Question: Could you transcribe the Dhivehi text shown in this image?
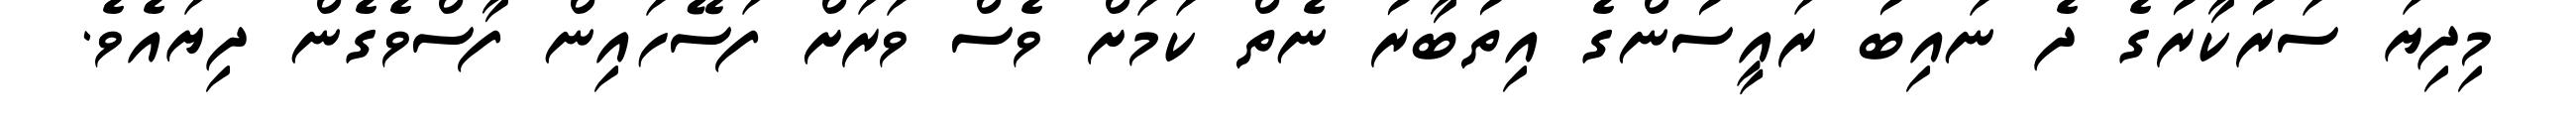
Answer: މިދިޔަ ސަރުކާރުގެ ދެ ނައިބު ރައީސުންގެ އިތުބާރު ނެތް ކަމަށް ވެސް ވަރަށް ފަސޭހައިން ފާސްވެގެން ދިޔައެވެ.